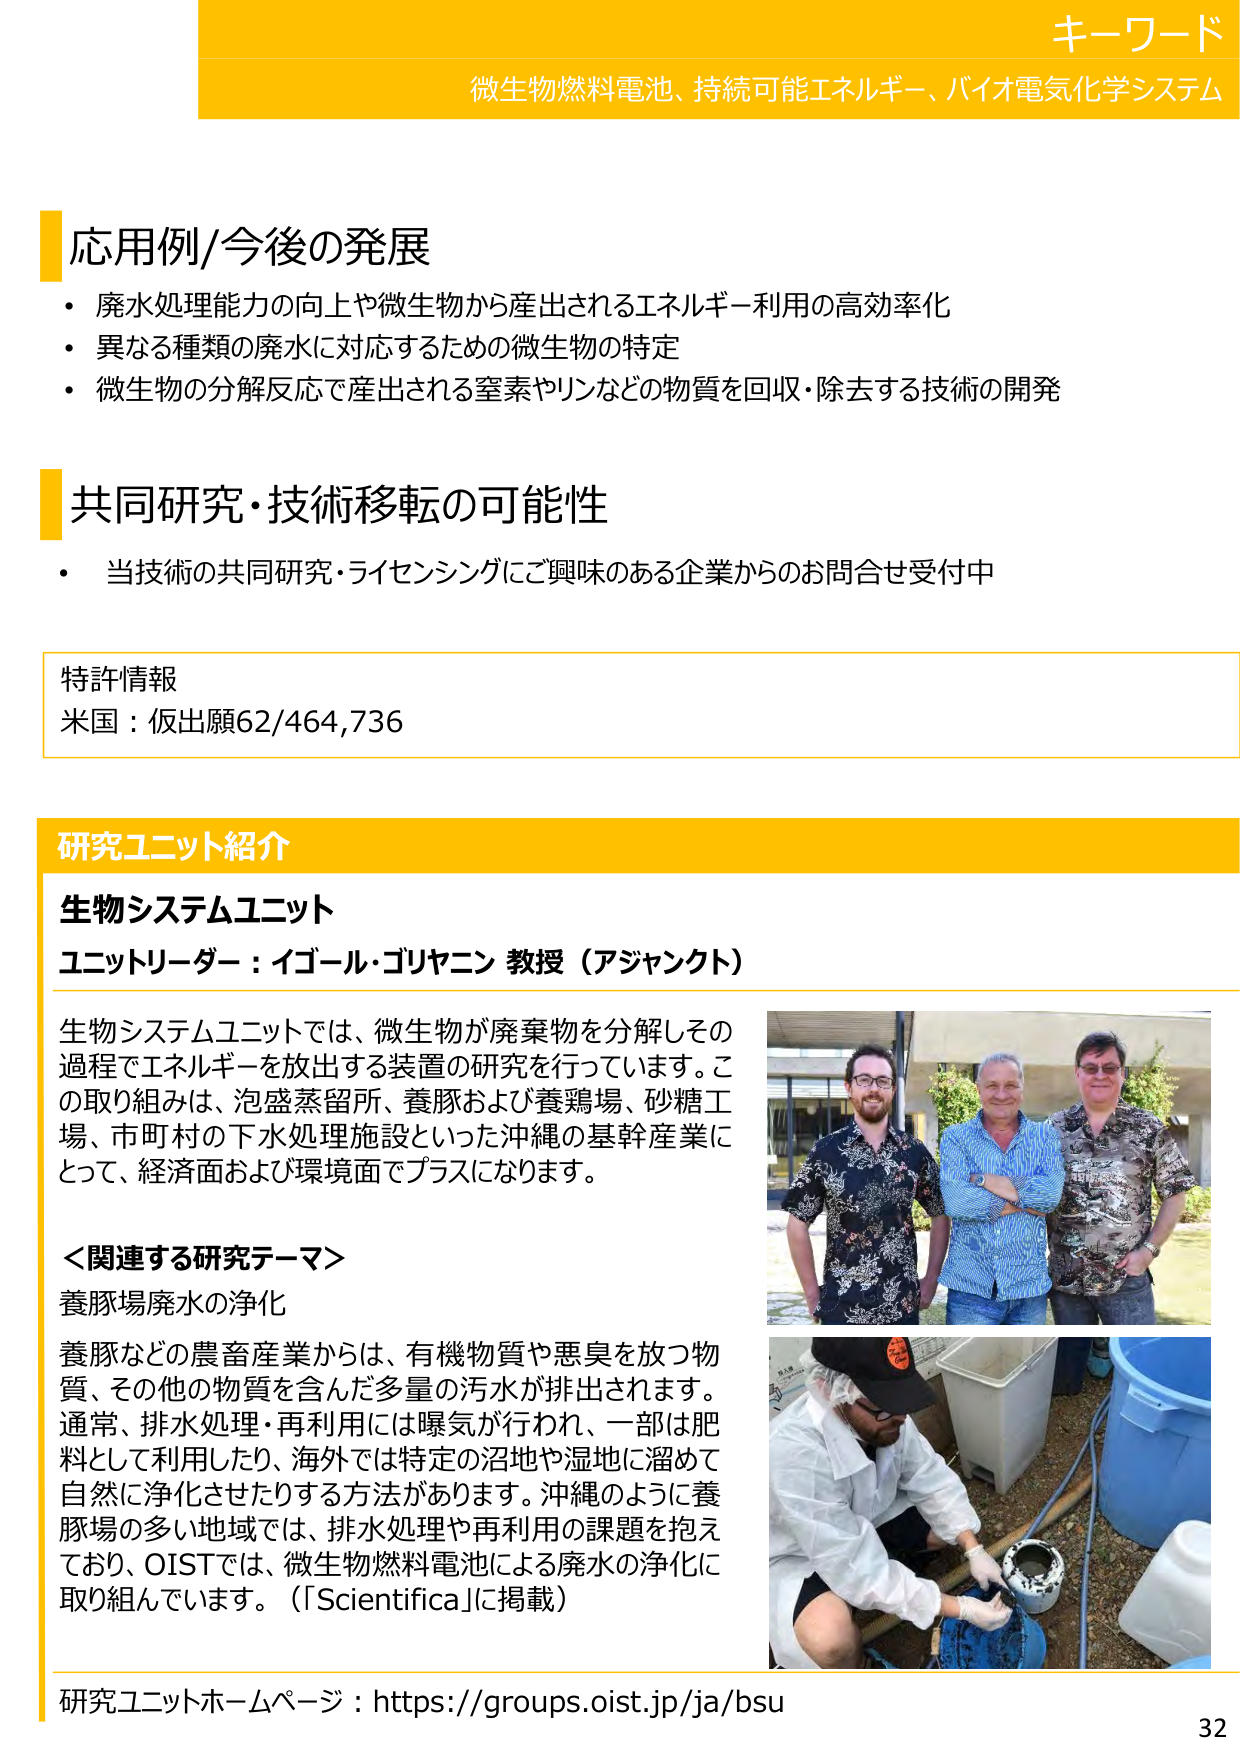
キーワード
微生物燃料電池、持続可能エネルギー、バイオ電気化学システム

応用例/今後の発展
・廃水処理能力の向上や微生物から産出されるエネルギー利用の高効率化
・異なる種類の廃水に対応するための微生物の特定
・微生物の分解反応で産出される窒素やリンなどの物質を回収・除去する技術の開発

共同研究・技術移転の可能性
・当技術の共同研究・ライセンシングにご興味のある企業からのお問合せ受付中

特許情報
米国：仮出願62/464,736

研究ユニット紹介
生物システムユニット
ユニットリーダー：イゴール・ゴリヤニン 教授（アジャンクト）

生物システムユニットでは、微生物が廃棄物を分解しその過程でエネルギーを放出する装置の研究を行っています。この取り組みは、泡盛蒸留所、養豚および養鶏場、砂糖工場、市町村の下水処理施設といった沖縄の基幹産業にとって、経済面および環境面でプラスになります。

＜関連する研究テーマ＞
養豚場廃水の浄化

養豚などの農畜産業からは、有機物質や悪臭を放つ物質、その他の物質を含んだ多量の汚水が排出されます。通常、排水処理・再利用には曝気が行われ、一部は肥料として利用したり、海外では特定の沼地や湿地に溜めて自然に浄化させたりする方法があります。沖縄のように養豚場の多い地域では、排水処理や再利用の課題を抱えており、OISTでは、微生物燃料電池による廃水の浄化に取り組んでいます。（「Scientifica」に掲載）

研究ユニットホームページ：https://groups.oist.jp/ja/bsu
32